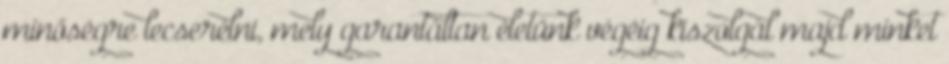
minőségre lecserélni, mely garantáltan életünk végéig kiszolgál majd minket